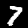
Digit: 7